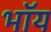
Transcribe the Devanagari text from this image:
भॉय